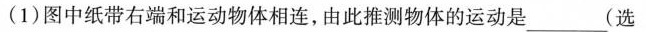
(1)图中纸带右端和运动物体相连，由此推测物体的运动是____(选